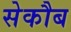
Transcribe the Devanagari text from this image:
सेकौब